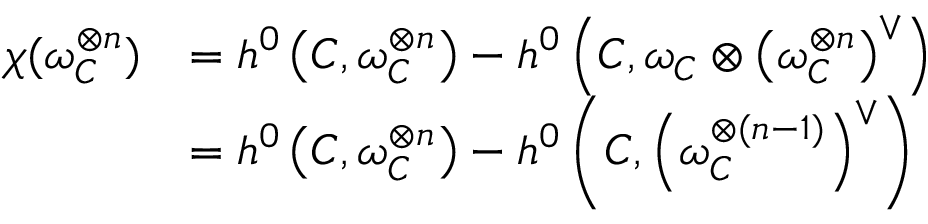
{ \begin{array} { r l } { \chi ( \omega _ { C } ^ { \otimes n } ) } & { = h ^ { 0 } \left( C , \omega _ { C } ^ { \otimes n } \right) - h ^ { 0 } \left( C , \omega _ { C } \otimes \left( \omega _ { C } ^ { \otimes n } \right) ^ { \vee } \right) } \\ & { = h ^ { 0 } \left( C , \omega _ { C } ^ { \otimes n } \right) - h ^ { 0 } \left( C , \left( \omega _ { C } ^ { \otimes ( n - 1 ) } \right) ^ { \vee } \right) } \end{array} }